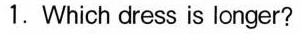
1.Which dress is longer?